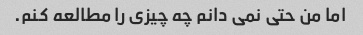
اما من حتی نمی دانم چه چیزی را مطالعه کنم.